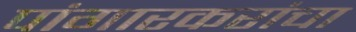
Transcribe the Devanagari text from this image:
पांगारकरांचा